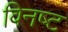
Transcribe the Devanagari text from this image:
विनष्‍ट